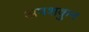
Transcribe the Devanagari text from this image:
अपशकुुन